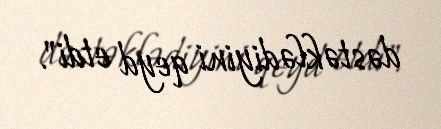
dəstəklədiyini qeyd etdi".